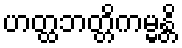
ဟတ္ထဘတ္တိကမ္မန္တိ